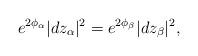
LaTeX: \begin{align*}e^{2\phi_{\alpha}}|dz_{\alpha}|^2=e^{2\phi_{\beta}}|dz_{\beta}|^2 ,\end{align*}